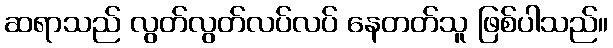
ဆရာသည် လွတ်လွတ်လပ်လပ် နေတတ်သူ ဖြစ်ပါသည်။